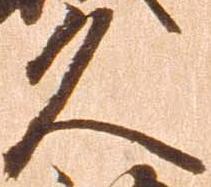
久